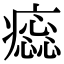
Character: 𤺫